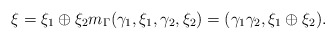
\begin{align*} \xi=\xi_1\oplus \xi_2 m_\Gamma(\gamma_1,\xi_1,\gamma_2,\xi_2) = (\gamma_1\gamma_2,\xi_1\oplus \xi_2).\end{align*}